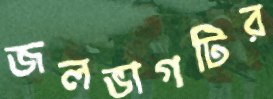
জলভাগটির